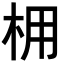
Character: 𪱽